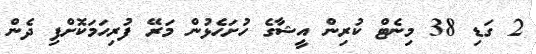
2 ގަޑި 38 މިނެޓް ކުރިން އީޝާގެ ހުށަހެޅުން މަރޭ ފުރިހަމަކޮށްފި ދެން